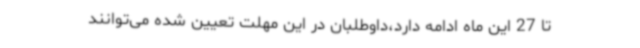
تا 27 این ماه ادامه دارد،داوطلبان در این مهلت تعیین شده می‌توانند